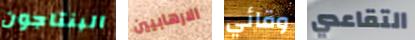
البنتاجون الارهابيين وقائي التقاعدي